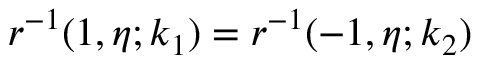
r ^ { - 1 } ( 1 , \eta ; k _ { 1 } ) = r ^ { - 1 } ( - 1 , \eta ; k _ { 2 } )